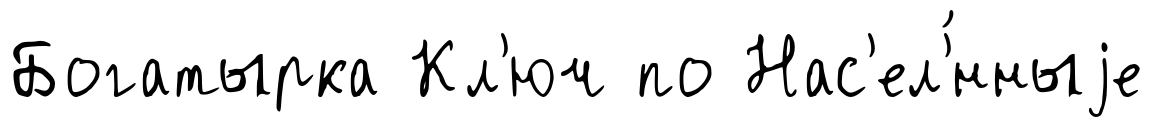
Богатырка Кл'юч по Нас'ел'́нныjе